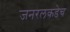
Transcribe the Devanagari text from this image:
जनरलकडेच